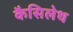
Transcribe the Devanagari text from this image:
कैसिलेथ